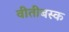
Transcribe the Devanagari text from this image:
वीतीबस्क